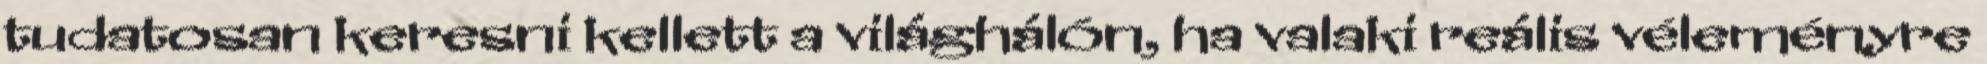
tudatosan keresni kellett a világhálón, ha valaki reális véleményre